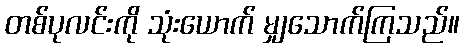
တစ်ပုလင်းကို သုံးယောက် မျှသောက်ကြသည်။